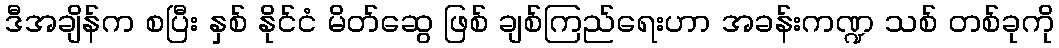
ဒီအချိန်က စပြီး နှစ် နိုင်ငံ မိတ်ဆွေ ဖြစ် ချစ်ကြည်ရေးဟာ အခန်းကဏ္ဍ သစ် တစ်ခုကို